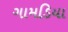
ગામડિયા